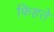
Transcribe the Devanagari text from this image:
फिहते